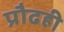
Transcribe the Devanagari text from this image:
प्रौढही